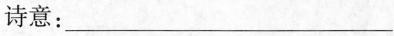
诗意：___